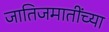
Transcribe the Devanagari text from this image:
जातिजमातींच्या